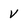
Character: v